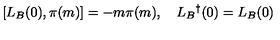
[ L _ { B } ( 0 ) , \pi ( m ) ] = - m \pi ( m ) , \quad L _ { B } { } ^ { \dag } ( 0 ) = L _ { B } ( 0 )